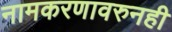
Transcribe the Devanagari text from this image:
नामकरणावरुनही